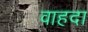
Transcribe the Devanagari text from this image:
वाहदा